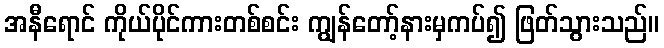
အနီရောင် ကိုယ်ပိုင်ကားတစ်စင်း ကျွန်တော့်နားမှကပ်၍ ဖြတ်သွားသည်။